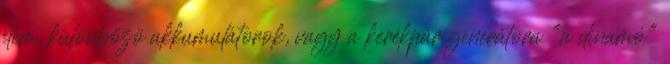
elem, különbözö akkumulátorok, vagy a kerékpár generátora "a dinamó"